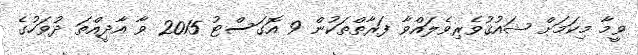
ވީމާ މިކަމަށް ޝައުޤުވެރިވެލައްވާ ފަރާތްތަކުން 9 އޮގަސްޓު 2015 ވާ އާދީއްތަ ދުވަހުގެ